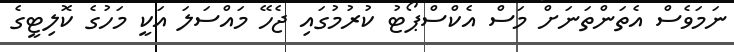
ނަމަވެސް އެތަންތަނަށް މަސް އެކްސްޕޯޓު ކުރުމުގައި ޖެހޭ މައްސަލަ އަކީ މަހުގެ ކޮލިޓީގެ